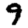
Digit: 9